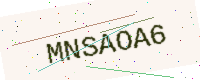
Text: MNSAOA6